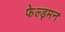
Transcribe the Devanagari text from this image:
फेल्ड्मन